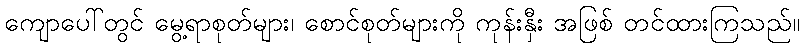
ကျောပေါ်တွင် မွေ့ရာစုတ်များ၊ စောင်စုတ်များကို ကုန်းနှီး အဖြစ် တင်ထားကြသည်။